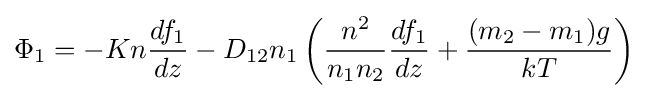
\Phi _{1}=-Kn{\frac {df_{1}}{dz}}-D_{12}n_{1}\left({\frac {n^{2}}{n_{1}n_{2}}}{\frac {df_{1}}{dz}}+{\frac {(m_{2}-m_{1})g}{kT}}\right)